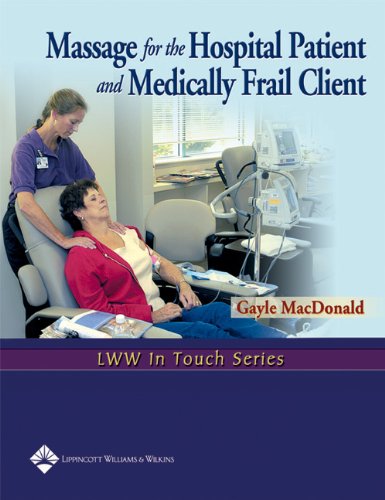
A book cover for Massage for the Hospital Patient and Medically Frail Client (LWW In Touch Series); Gayle MacDonald MS  LMT; Medical Books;